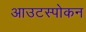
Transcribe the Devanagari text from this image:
आउटस्पोकन